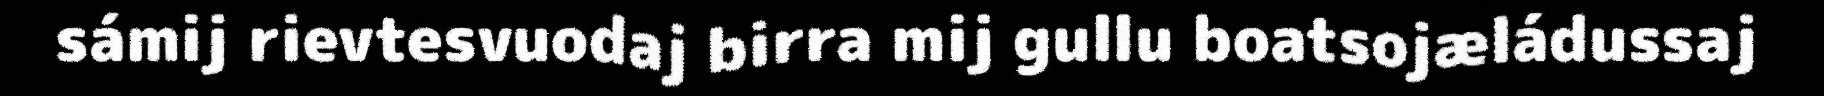
sámij rievtesvuodaj birra mij gullu boatsojæládussaj